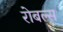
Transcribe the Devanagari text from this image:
रोबल्स